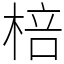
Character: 棓